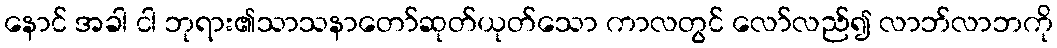
နောင် အခါ ငါ ဘုရား၏သာသနာတော်ဆုတ်ယုတ်သော ကာလတွင် လော်လည်၍ လာဘ်လာဘကို